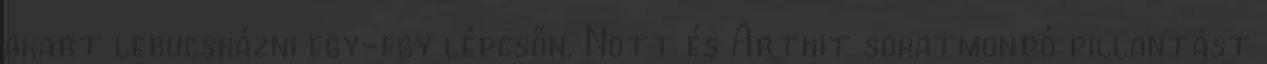
akart lebucskázni egy-egy lépcsőn. Nott és Arthit sokatmondó pillantást